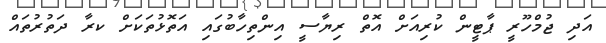
އަދި ޖުމްހޫރީ ޕާޓީން ކުރިއަށް އޮތް ރިޔާސީ އިންތިހާބުގައި އަތޮޅުތަކަށް ކރާ ދަތުރުތައް